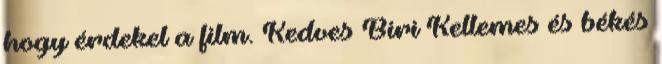
hogy érdekel a film. Kedves Biri Kellemes és békés